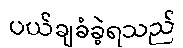
ပယ်ချခံခဲ့ရသည်